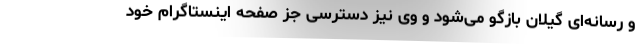
و رسانه‌ای گیلان بازگو می‌شود و وی نیز دسترسی جز صفحه اینستاگرام خود